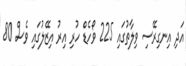
އަދި އިނގިރޭސި ވިލާތުގައި 225 ވޯހެޑް ހުރި އިރު އިޒޭލުގައި ވެސް 80